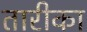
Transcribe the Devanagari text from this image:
तारीका